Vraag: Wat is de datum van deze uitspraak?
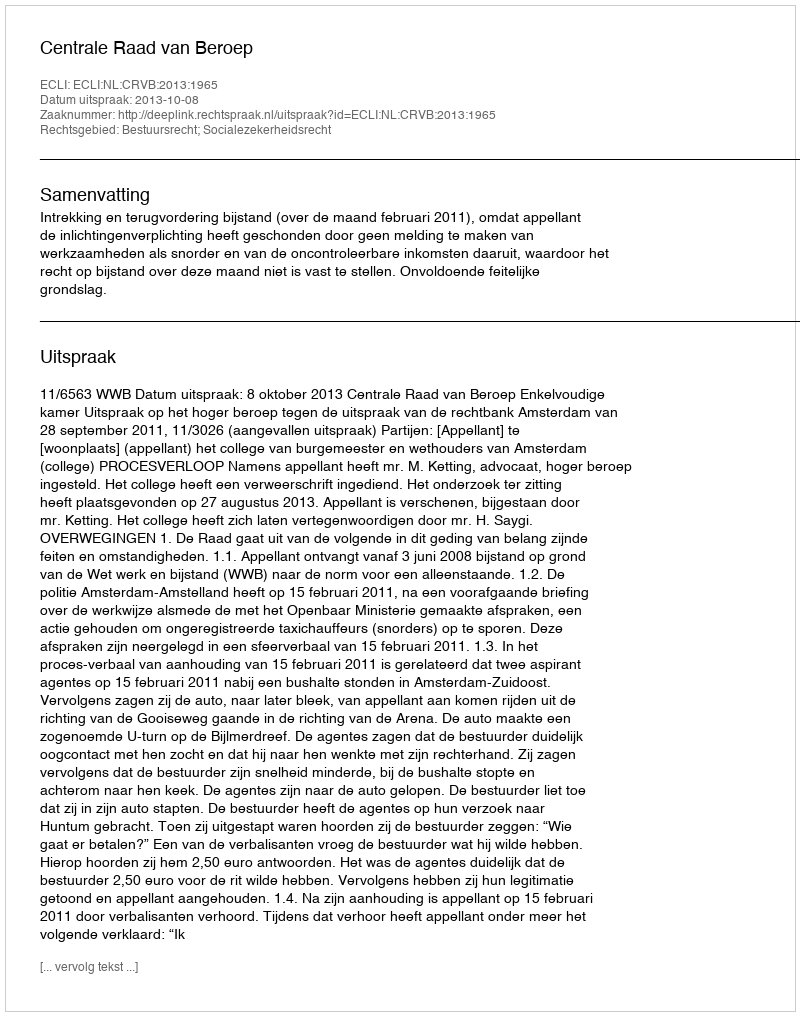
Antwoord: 2013-10-08